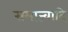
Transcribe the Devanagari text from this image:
समाज्वादि